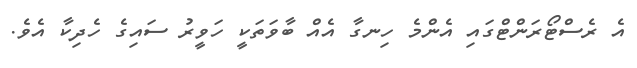
އެ ރެސްޓޯރަންޓްގައި އެންމެ ހިނގާ އެއް ބާވަތަކީ ހަވީރު ސައިގެ ހެދިކާ އެވެ.